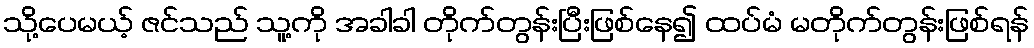
သို့ပေမယ့် ဇင်သည် သူ့ကို အခါခါ တိုက်တွန်းပြီးဖြစ်နေ၍ ထပ်မံ မတိုက်တွန်းဖြစ်ရန်